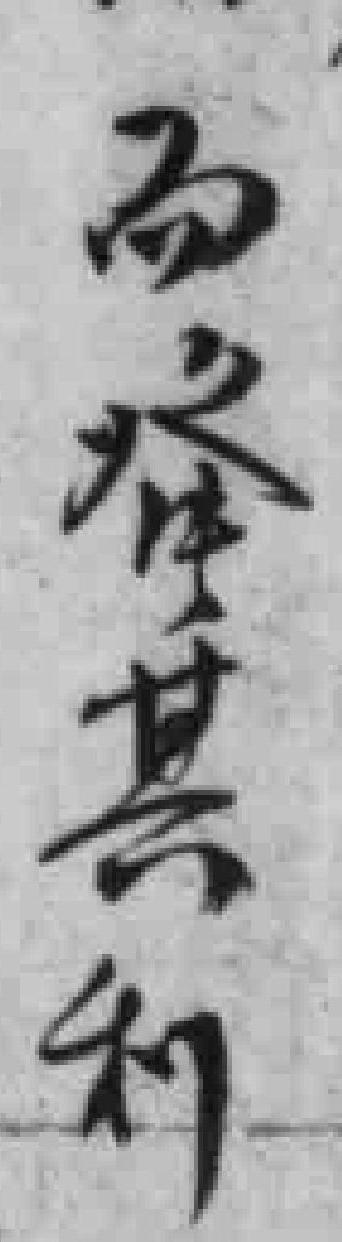
而登其利